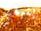
ينبغى